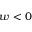
w < 0